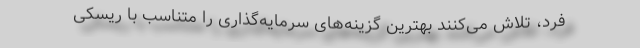
فرد، تلاش می‌کنند بهترین گزینه‌های سرمایه‌گذاری را متناسب با ریسکی